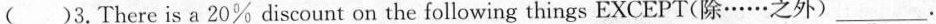
()3.There is a 20% discount on the following things EXCEPT(除……之外)___ .